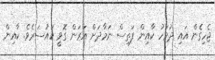
ޖެހިގެން އައި ދުވަހު ކާއިން ފަތިސް ނަމާދަށް އަރަން ގޮވީ ކައުސަރެވެ. ކާއިން